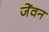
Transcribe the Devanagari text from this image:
जेंवन